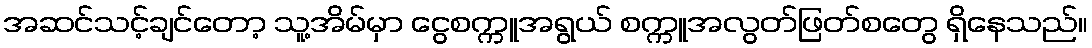
အဆင်သင့်ချင်တော့ သူ့အိမ်မှာ ငွေစက္ကူအရွယ် စက္ကူအလွတ်ဖြတ်စတွေ ရှိနေသည်။